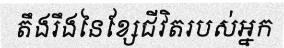
តឹងរឹងនៃខ្សែជីវិតរបស់អ្នក